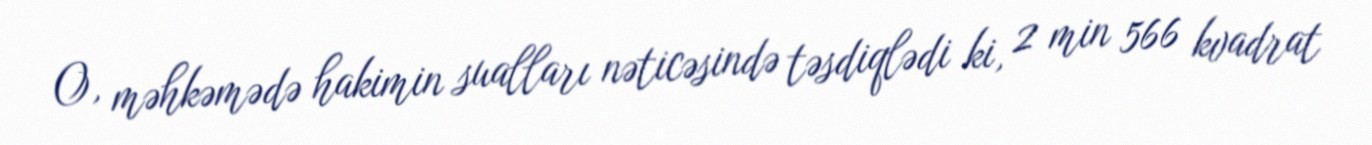
O, məhkəmədə hakimin sualları nəticəsində təsdiqlədi ki, 2 min 566 kvadrat